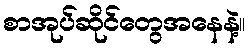
စာအုပ်ဆိုင်တွေအနေနဲ့။